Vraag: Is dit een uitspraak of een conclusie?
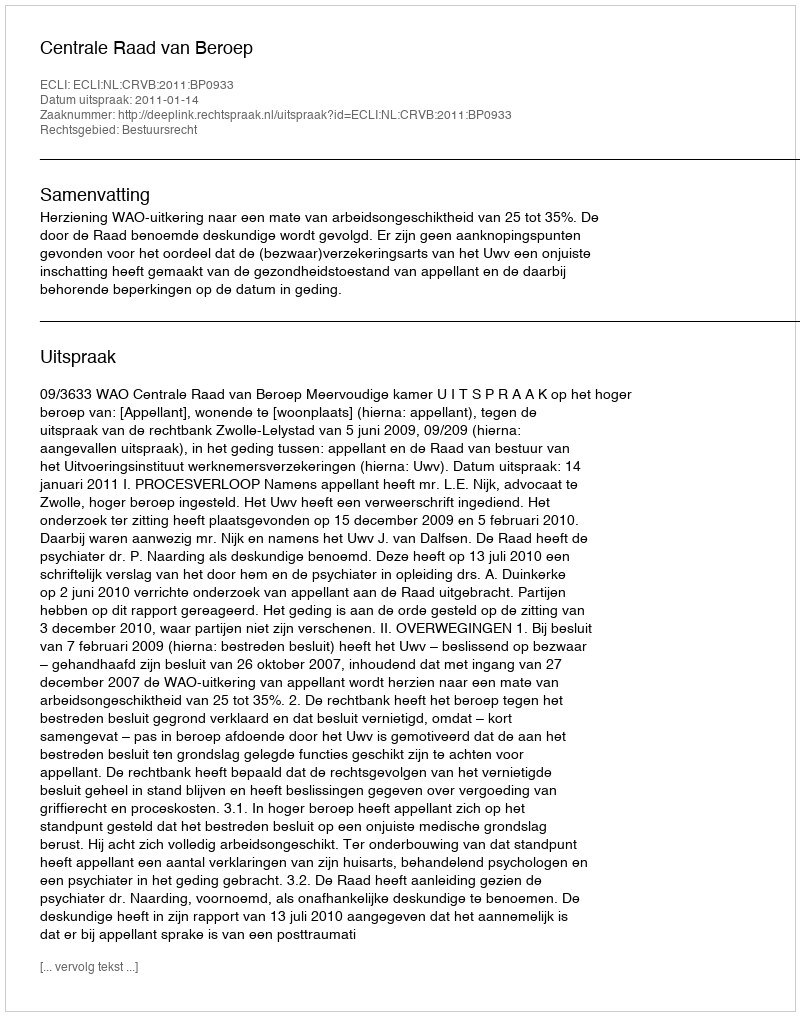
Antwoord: Uitspraak